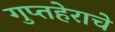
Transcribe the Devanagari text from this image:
गुप्तहेराचे